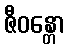
ဇီဝန္တော